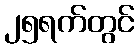
၂၅ရက်တွင်